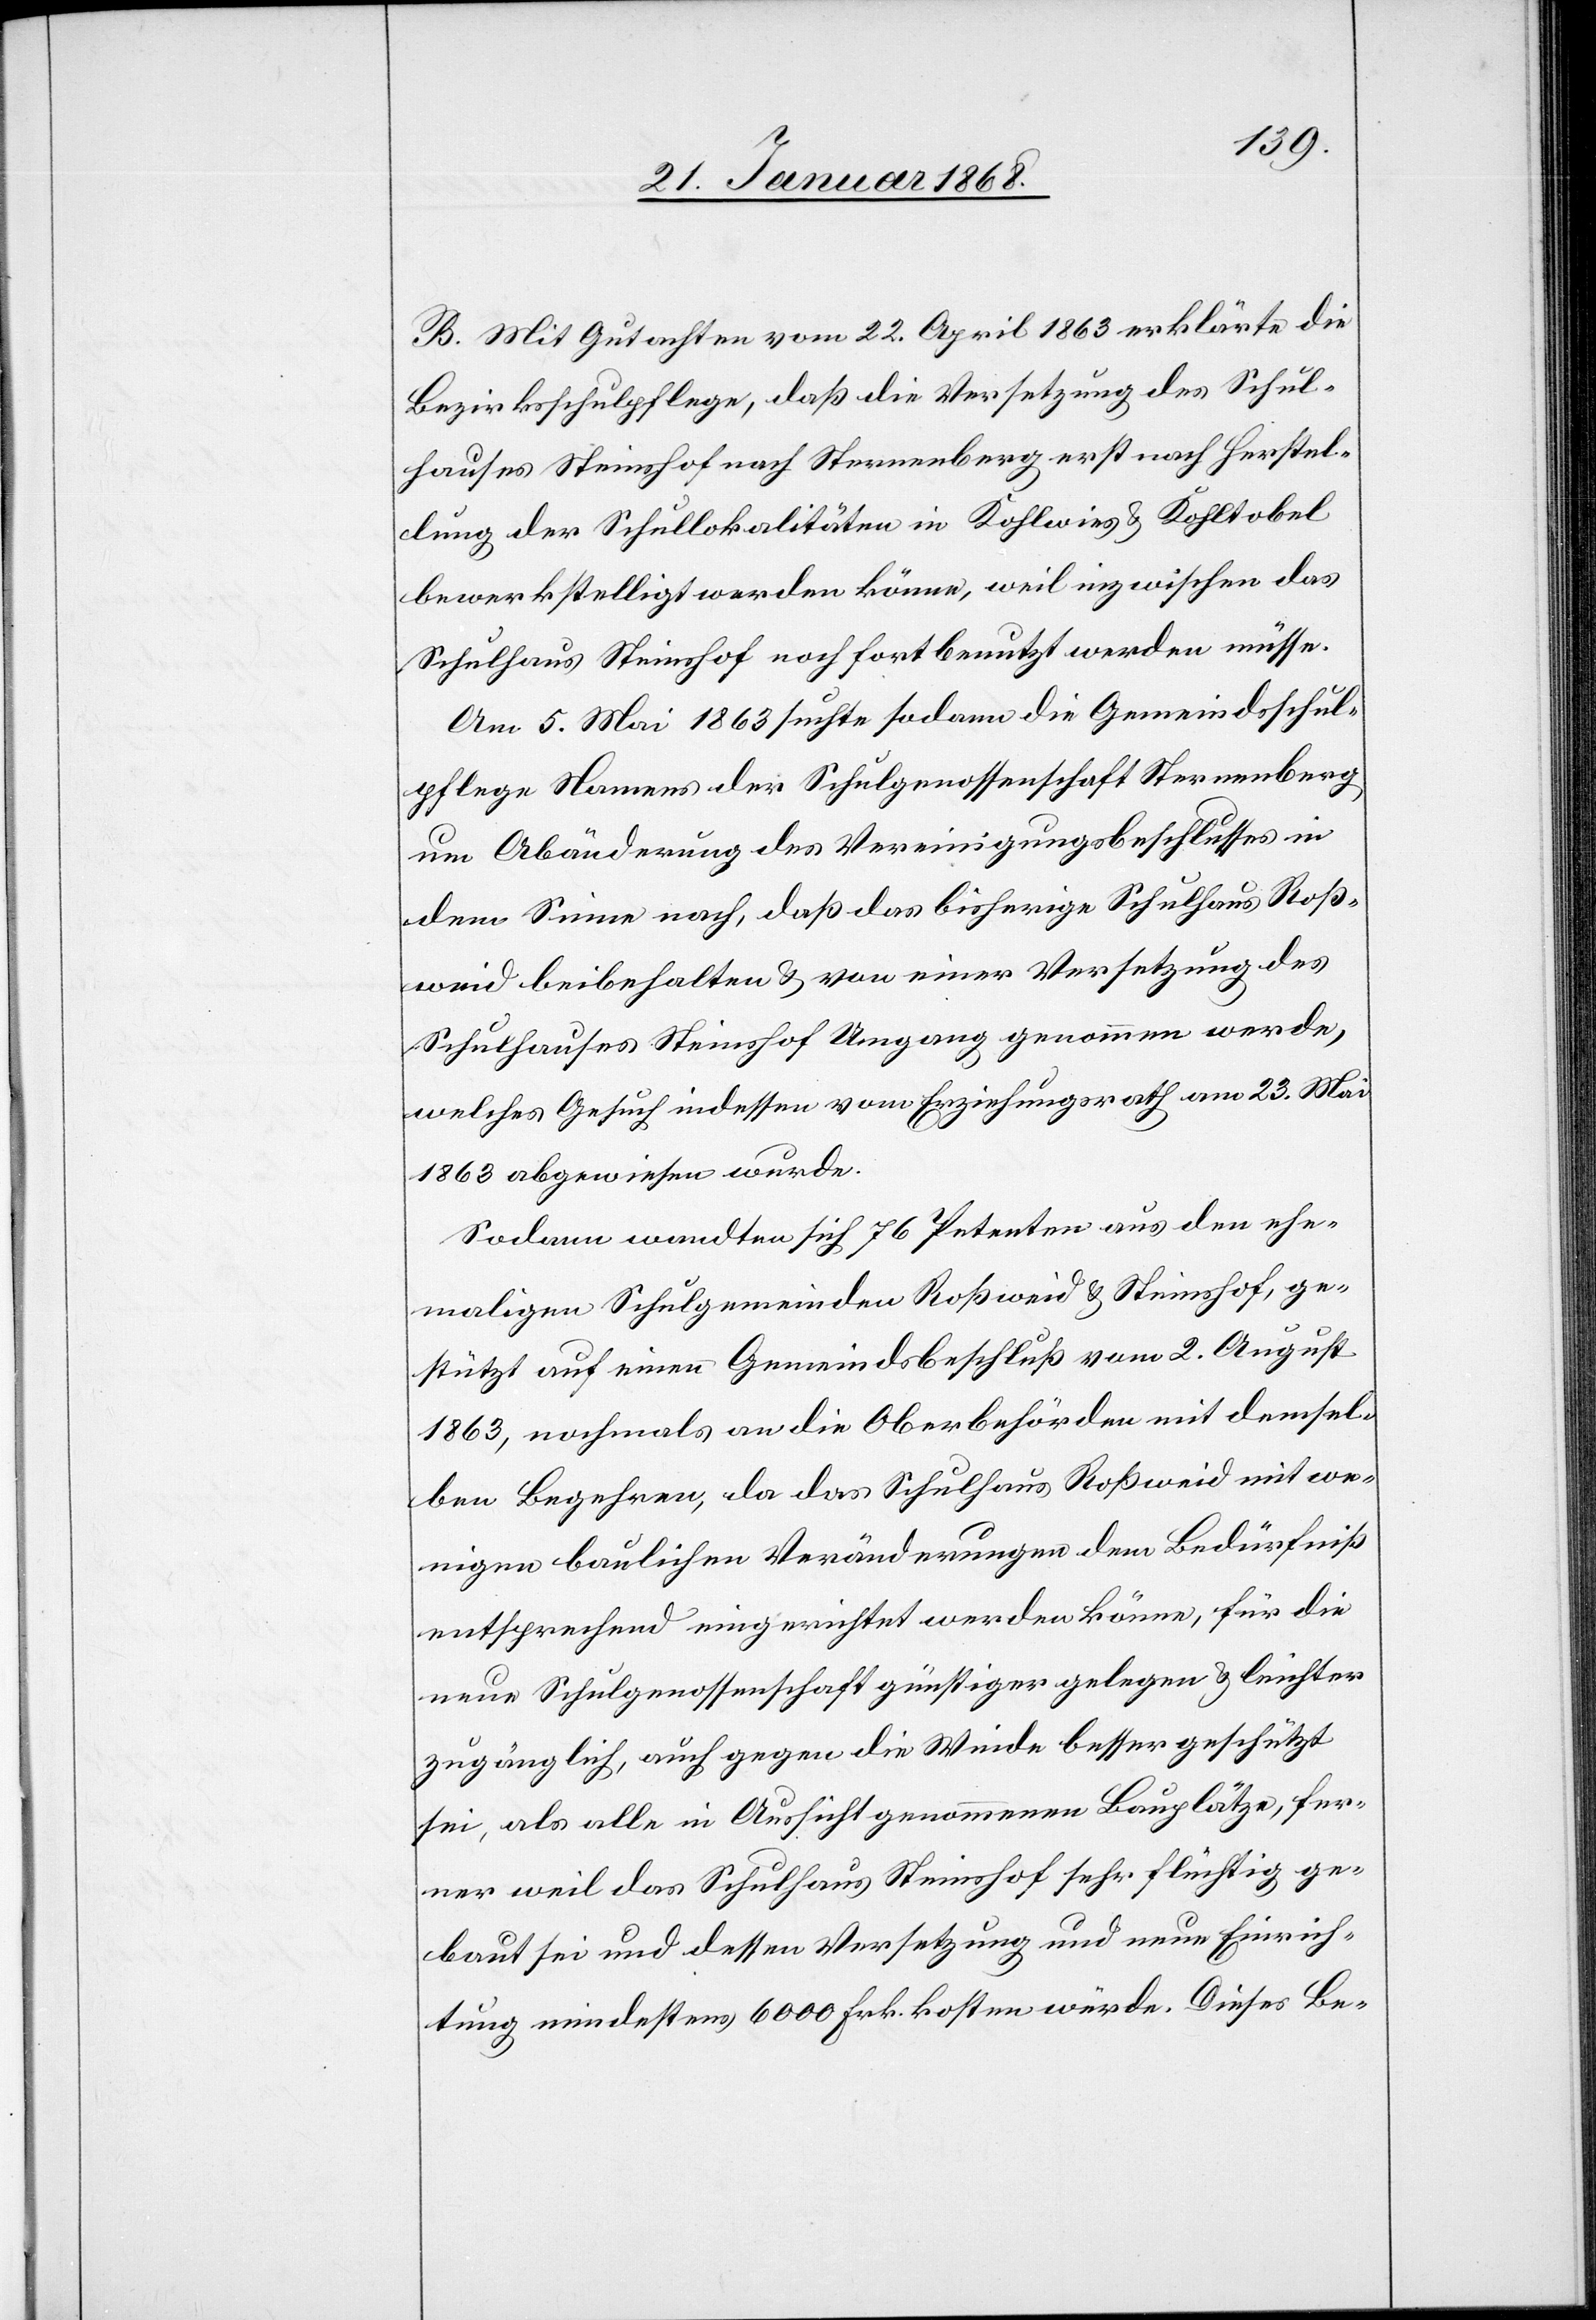
B. Mit Gutachten vom 22. April 1863 erklärte die
Bezirksschulpflege, daß die Versetzung des Schul¬
hauses Steinshof nach Sternenberg erst nach Herstel¬
lung der Schullokalitäten in Kohlwies & Kohltobel
bewerkstelligt werden könne, weil inzwischen das
Schulhaus Steinshof noch fortbenutzt werden müsse.
Am 5. Mai 1863 suchte sodann die Gemeindsschul¬
pflege Namens der Schulgenossenschaft Sternenberg
um Abänderung des Vereinigungsbeschlusses in
dem Sinne nach, daß das bisherige Schulhaus Roß¬
weid beibehalten & von einer Versetzung des
Schulhauses Steinshof Umgang genommen werde,
welches Gesuch indessen vom Erziehungsrath am 23. Mai
1863 abgewiesen wurde.
Sodann wandten sich 76 Petenten aus den ehe¬
maligen Schulgemeinden Roßweid & Steinshof, ge¬
stützt auf einen Gemeindsbeschluß vom 2. August
1863, nochmals an die Oberbehörden mit demsel¬
ben Begehren, da das Schulhaus Roßweid mit we¬
nigen baulichen Veränderungen dem Bedürfniß
entsprechend eingerichtet werden könne, für die
neue Schulgenossenschaft günstiger gelegen & leichter
zugänglich, auch gegen die Winde besser geschützt
sei, als alle in Aussicht genommenen Bauplätze, fer¬
ner weil das Schulhaus Steinshof sehr flüchtig ge¬
baut sei und dessen Versetzung und neue Einrich¬
tung mindestens 6000 Frk. kosten würde. Dieses Be-